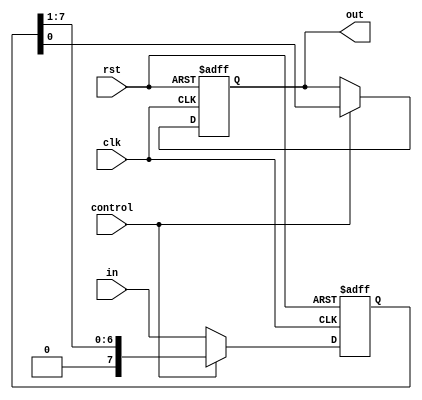
///////////////////////////////////////////////////////////////////////////////////////////
// Design Name: Parallel In Serial Out (PISO)
///////////////////////////////////////////////////////////////////////////////////////////
`timescale 1ns / 1ps

module PISO(clk,rst,control,in,out);

    parameter N = 8;

    input  wire clk;
    input  wire rst;
    input  wire control;              //0 for loading and 1 for shifting
    input  wire [N-1:0]in;
    output wire out;


    reg [N-1:0]temp_data;

    reg SerialIn;


    always@(posedge clk, posedge rst)
        begin
            if(rst)begin
                SerialIn <= 0;
                temp_data<= 0;
            end else begin
                if(control==0) begin
                    temp_data <= in;
                end else begin
                    SerialIn  <= temp_data[0] ;
                    temp_data <= {1'b0,temp_data[N-1:1]}; //temp_data >> 1;
                end
            end
        end


    assign out = SerialIn;

endmodule